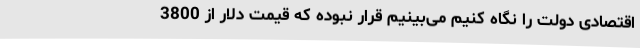
اقتصادی دولت را نگاه کنیم می‌بینیم قرار نبوده که قیمت دلار از 3800